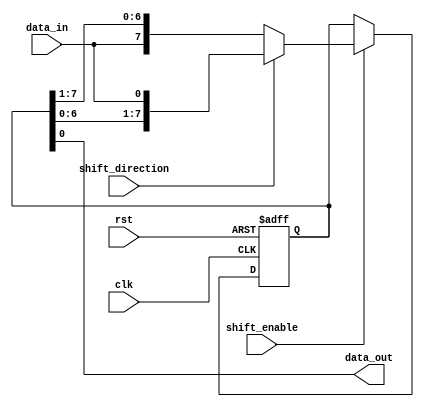
module shift_register (
    input wire clk,
    input wire rst,
    input wire shift_enable,
    input wire shift_direction,
    input wire data_in,
    output wire data_out
);

reg [7:0] stored_data;

always @(posedge clk or posedge rst) begin
    if (rst) begin
        stored_data <= 8'b0;
    end else begin
        if (shift_enable) begin
            if (shift_direction) begin
                stored_data <= {stored_data[6:0], data_in};
            end else begin
                stored_data <= {data_in, stored_data[7:1]};
            end
        end
    end
end

assign data_out = stored_data[0];

endmodule